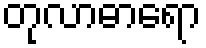
တုလာဓာရော